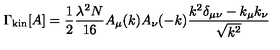
\Gamma _ { \mathrm { k i n } } [ A ] = \frac { 1 } { 2 } \frac { \lambda ^ { 2 } N } { 1 6 } A _ { \mu } ( k ) A _ { \nu } ( - k ) \frac { k ^ { 2 } \delta _ { \mu \nu } - k _ { \mu } k _ { \nu } } { \sqrt { k ^ { 2 } } }